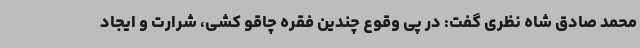
محمد صادق شاه نظری گفت: در پی وقوع چندین فقره چاقو کشی، شرارت و ایجاد